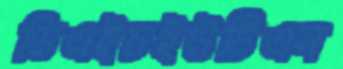
ডিএইচইউটিএস